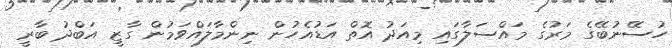
ހުސޭނުބޭގެ މަރުގެ މައްސަލާގައި މިއަދު އޮތް އަޑުއެހުން ނިންމާލައްވަމުން ގާޒީ އަބްދު ބާރީ